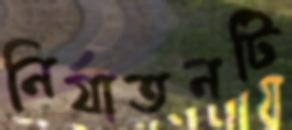
নির্যাতনটি